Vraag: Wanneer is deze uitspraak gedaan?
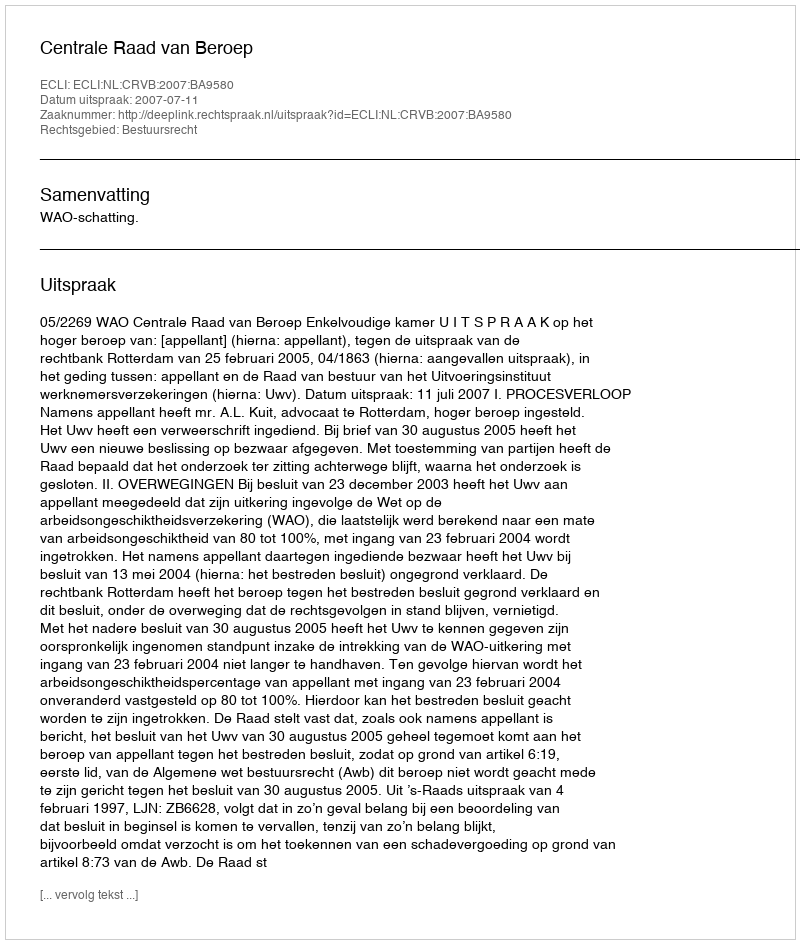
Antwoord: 2007-07-11